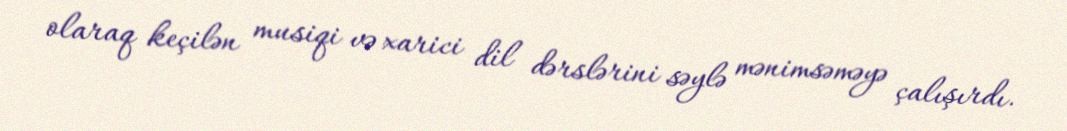
olaraq keçilən musiqi və xarici dil dərslərini səylə mənimsəməyə çalışırdı.